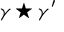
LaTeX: \gamma \star \gamma ^ { \prime }